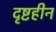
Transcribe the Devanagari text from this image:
दृष्टहीन